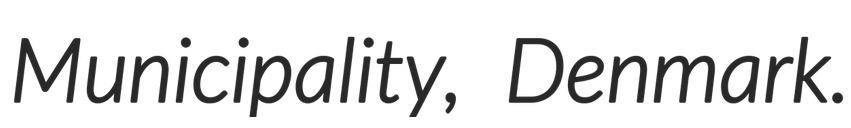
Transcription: Municipality, Denmark.